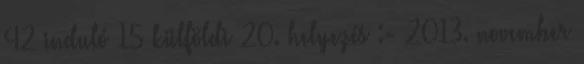
42 induló 15 külföldi 20. helyezés :- 2013. november